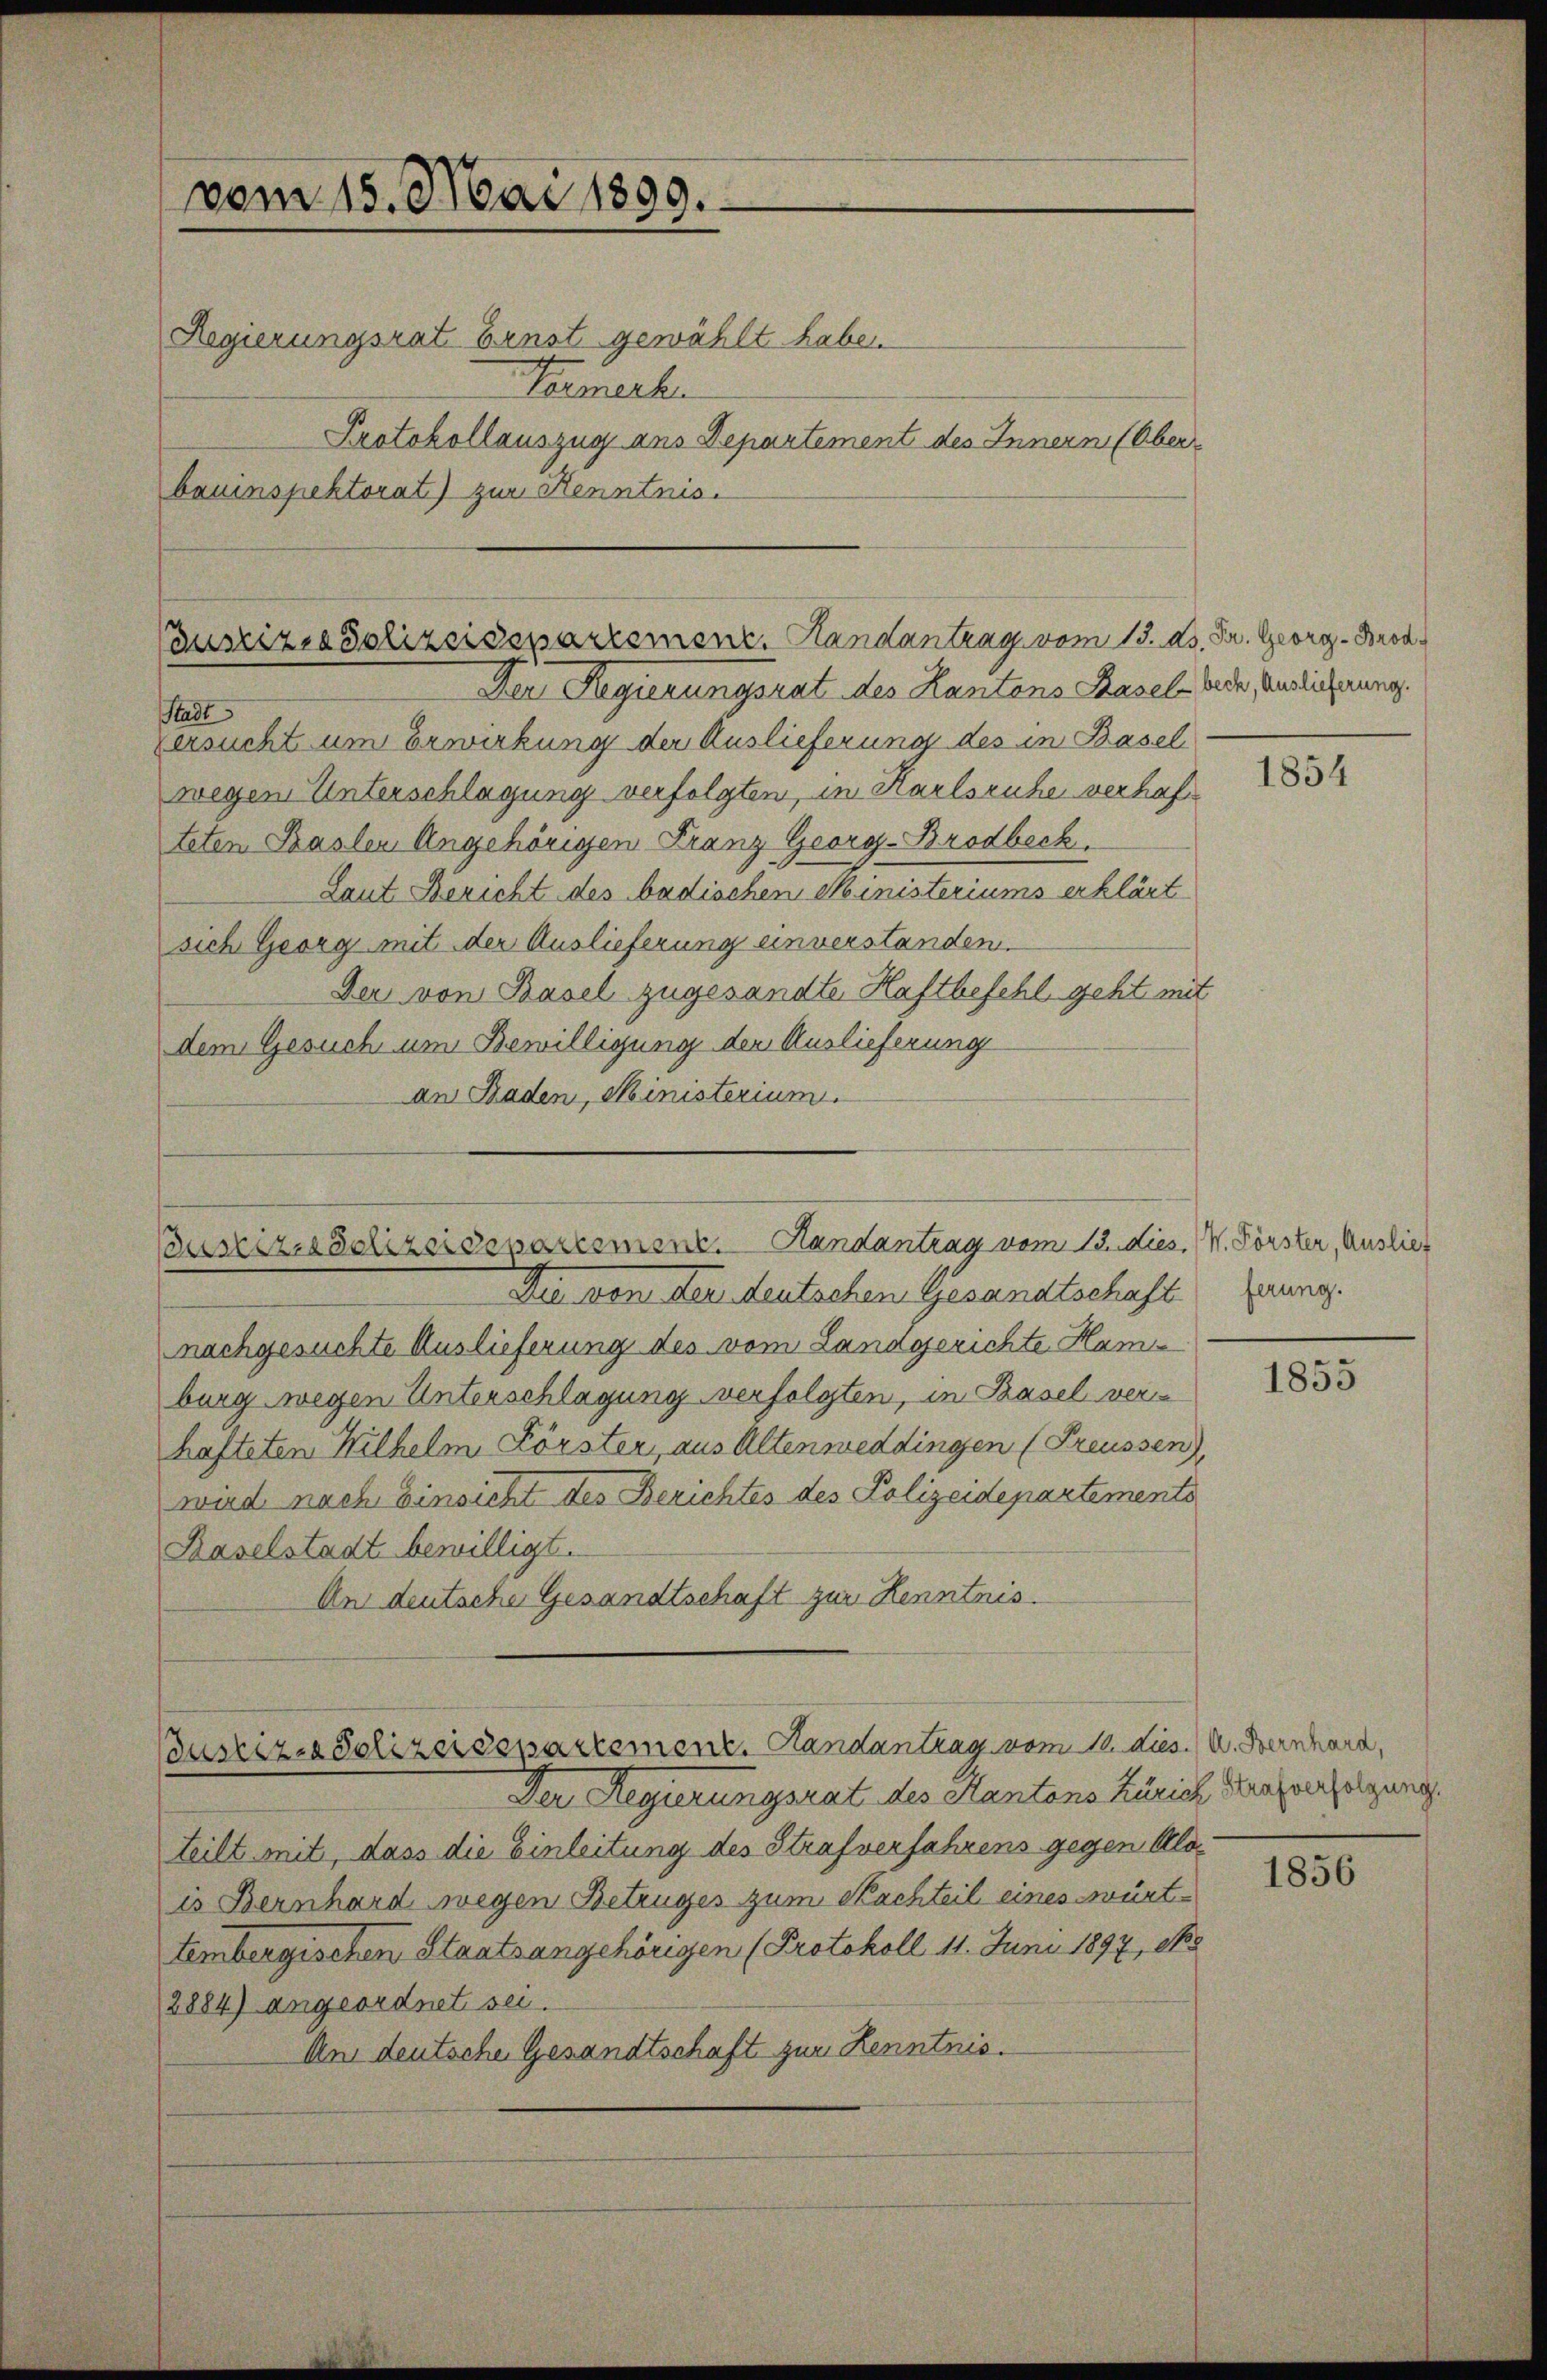
vom 15. Mai 1899.
Regierungsrat Ernst gewählt habe.
Ternerhe
bauinspektorat) zur Kenntnis.

Protokollauszug aus Departement des Innern (Ober¬

Cuszizio Polizeidepartement. Handantrag vom 13. ds. Dr. Georg - Brod¬

Der Regierungsrat des Kantens Basel Rede, Endlicherung.
Stadt
ersucht um Erwirkung der Auslieferung des in Basel
wegen Unterschlagung verfolgten, in Karlsruhe verhafteten Basler Angehörigen Franz Georg-Brodbeck.
Laut Bericht des badischen Ministeriums erklärt
sich Georg mit der Auslieferung einverstanden.
Der von Basel zugesandte Haftbefehl geht mit
dem Gesuch um Bewilligung der Auslieferung
an Baden, Ministerium

Justiz-Sclizeidepartement. Handantrag vom 12. dies. W. Förster, Auslief

Die von der deutschen Gesandtschaft
nachgesuchte Auslieferung des vom Landgerichte Ham
burg wegen Unterschlagung verfolgten, in Basel verhafteten Wilhelm Förster, aus Altenweddingen (Preussen),
wird nach Einsicht des Berichtes des Polizeidepartements
Baselstadt bewilligt.
An deutsche Gesandtschaft zur Kenntnis.

Bustiz-Polizeidepartement. Handantrag vom 12. dies. (U. Bernhard,
Der Regierungsrat des Kantons Zürich Kaufverfelzung

teilt mit, dass die Einleitung des Strafverfahrens gegen Alo
is Bernhard wegen Betruges zum Nachteil eines württembergischen Staatsangehörigen (Protokoll 11. Juni 1897, No.
2884) angeordnet sei.
Am deutsche Gesandtschaft zur Kenntnis.

1854

ferung.

1855

1856